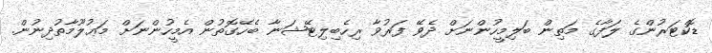
ޑޮކްޓަރުންގެ ލަފާގެ މަތިން ބަލިމީހުންނަށް ދެވޭ ފަރުވާ ރިހެބިލިޓޭޝަނާ ބެހޭގޮތުން އެމީހުންނަށް މަޢުލޫމާތުދިނުން.